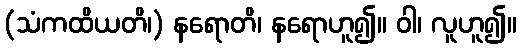
(သံကထိယတိ၊) နရောတိ၊ နရောဟူ၍။ ဝါ၊ လူဟူ၍။